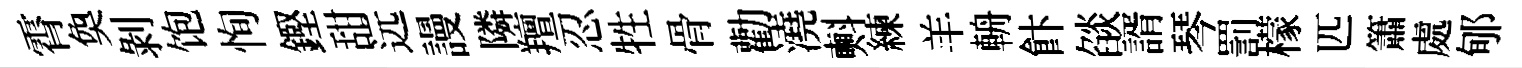
霄奐剝饱恂鏗甜远謾隣羶忍牲骨勸澆㪺練羊輈飰燄諝琴罰檬匹簫處郇